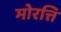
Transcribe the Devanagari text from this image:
मोरत्ति